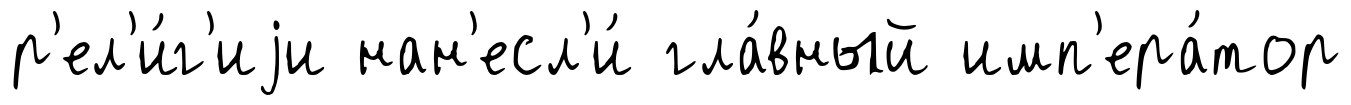
р'ел'и́г'иjи нан'есл'и́ гла́вный имп'ера́тор